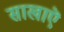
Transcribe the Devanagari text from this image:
साखाऎ